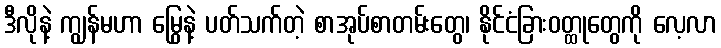
ဒီလိုနဲ့ ကျွန်မဟာ မြွေနဲ့ ပတ်သက်တဲ့ စာအုပ်စာတမ်းတွေ၊ နိုင်ငံခြားဝတ္ထုတွေကို လေ့လာ